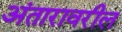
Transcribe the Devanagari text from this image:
अंतारावरील